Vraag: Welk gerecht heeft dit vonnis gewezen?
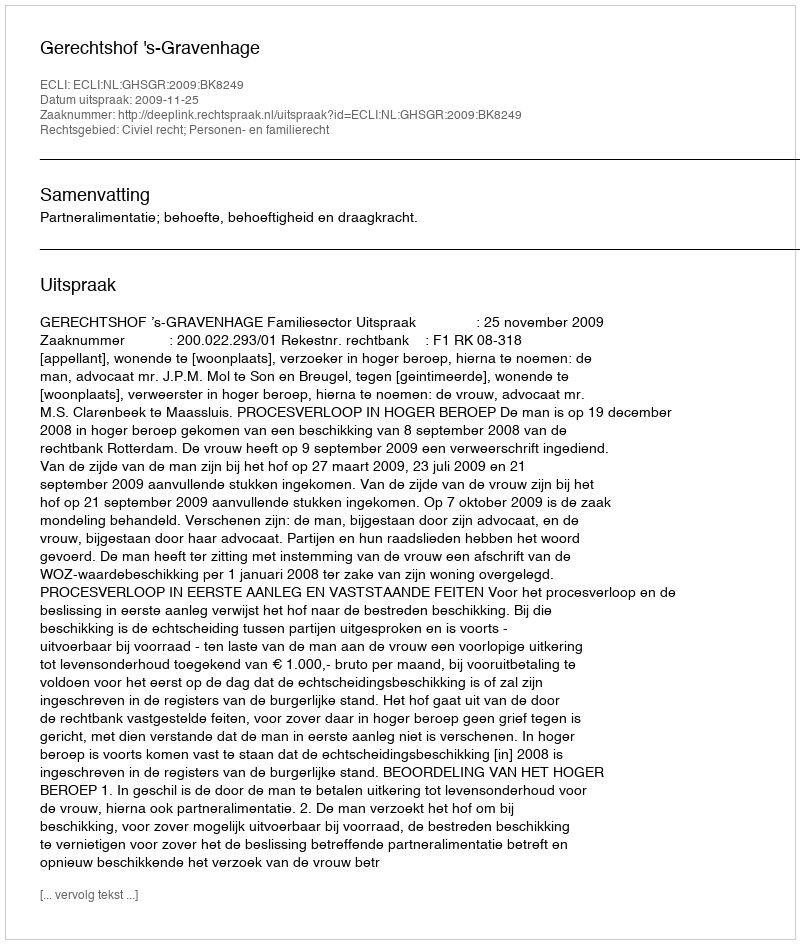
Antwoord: Gerechtshof 's-Gravenhage